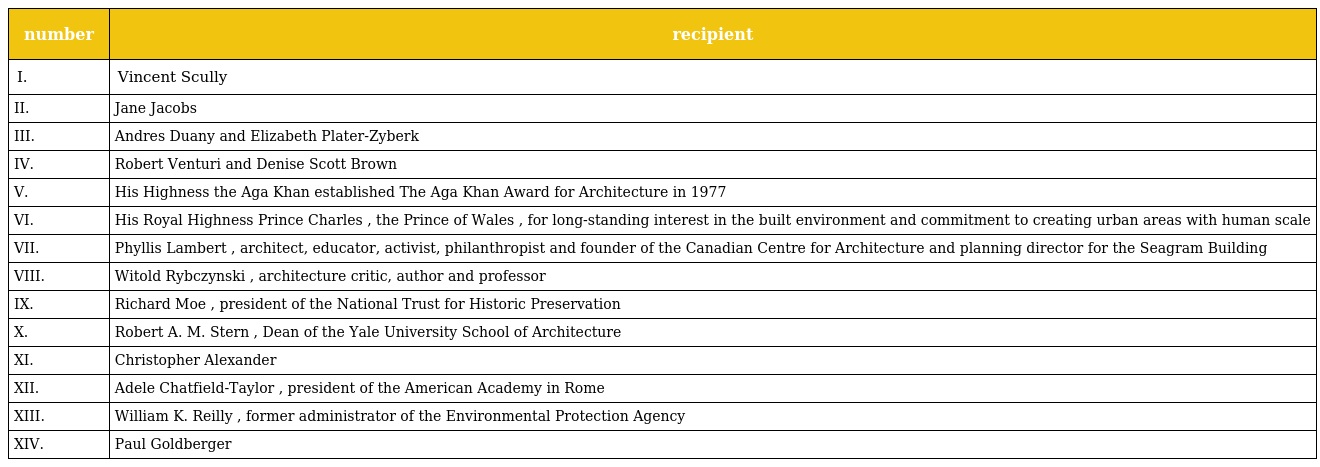
| number | recipient |
 | --- | --- |
 | I. | Vincent Scully |
 | II. | Jane Jacobs |
 | III. | Andres Duany and Elizabeth Plater-Zyberk |
 | IV. | Robert Venturi and Denise Scott Brown |
 | V. | His Highness the Aga Khan established The Aga Khan Award for Architecture in 1977 |
 | VI. | His Royal Highness Prince Charles , the Prince of Wales , for long-standing interest in the built environment and commitment to creating urban areas with human scale |
 | VII. | Phyllis Lambert , architect, educator, activist, philanthropist and founder of the Canadian Centre for Architecture and planning director for the Seagram Building |
 | VIII. | Witold Rybczynski , architecture critic, author and professor |
 | IX. | Richard Moe , president of the National Trust for Historic Preservation |
 | X. | Robert A. M. Stern , Dean of the Yale University School of Architecture |
 | XI. | Christopher Alexander |
 | XII. | Adele Chatfield-Taylor , president of the American Academy in Rome |
 | XIII. | William K. Reilly , former administrator of the Environmental Protection Agency |
 | XIV. | Paul Goldberger |